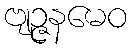
ဗျဉ္ဇနမေဝ